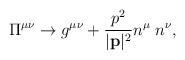
LaTeX: \begin{align*}\Pi^{\mu\nu}\rightarrow g^{\mu\nu} +\frac{p^2}{|{\bf p}|^2}n^{\mu}\;n^{\nu},\end{align*}